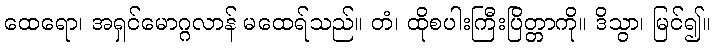
ထေရော၊ အရှင်မောဂ္ဂလာန် မထေရ်သည်။ တံ၊ ထိုစပါးကြီးပြိတ္တာကို။ ဒိသွာ၊ မြင်၍။